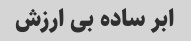
ابر ساده بی ارزش